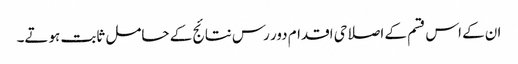
ان کے اس قسم کے اصلاحی اقدام دور رس نتائج کے حامل ثابت ہوتے۔